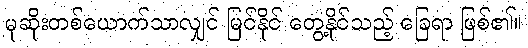
မုဆိုးတစ်ယောက်သာလျှင် မြင်နိုင် တွေ့နိုင်သည့် ခြေရာ ဖြစ်၏။